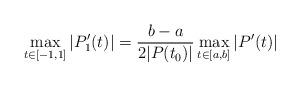
LaTeX: \begin{align*}\max_{t\in[-1,1]}|P'_1(t)| = \frac{b-a}{2|P(t_0)|}\max_{t\in [a,b]}|P'(t)|\end{align*}